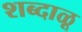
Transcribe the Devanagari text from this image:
शब्दाळू